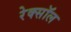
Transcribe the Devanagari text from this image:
रेक्सॉल